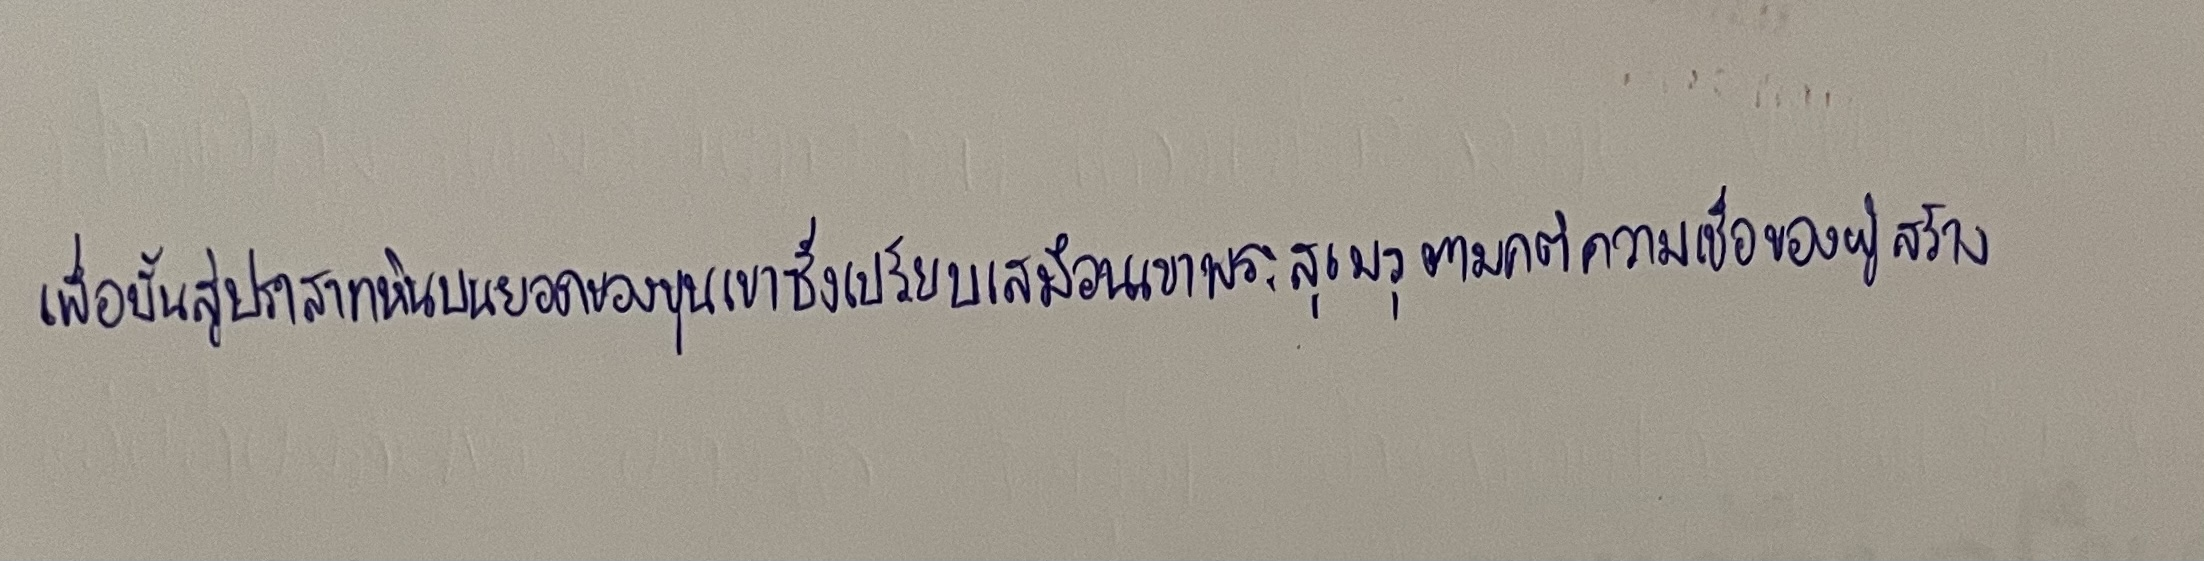
เพื่อขั้นสู่ปราสาทหินบนยอดของขุนเขาซึ่งเปรียบเสมือนเขาพระสุเมรุตามคติความเชื่อของผู้สร้าง